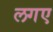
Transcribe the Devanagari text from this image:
लगए